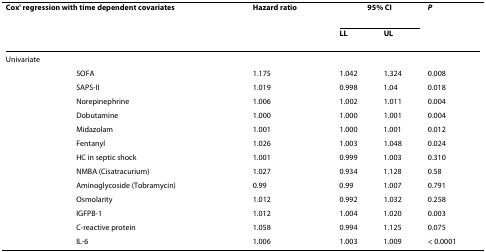
<table><thead><tr><td colspan="2"><b>Cox&#x27; regression with time dependent covariates</b></td><td><b>Hazard ratio</b></td><td colspan="2"><b>95% CI</b></td><td><b><i>P</i></b></td></tr><tr><td></td><td></td><td></td><td><b>LL</b></td><td><b>UL</b></td><td></td></tr></thead><tbody><tr><td>Univariate</td><td></td><td></td><td></td><td></td><td></td></tr><tr><td></td><td>SOFA</td><td>1.175</td><td>1.042</td><td>1.324</td><td>0.008</td></tr><tr><td></td><td>SAPS-II</td><td>1.019</td><td>0.998</td><td>1.04</td><td>0.018</td></tr><tr><td></td><td>Norepinephrine</td><td>1.006</td><td>1.002</td><td>1.011</td><td>0.004</td></tr><tr><td></td><td>Dobutamine</td><td>1.000</td><td>1.000</td><td>1.001</td><td>0.004</td></tr><tr><td></td><td>Midazolam</td><td>1.001</td><td>1.000</td><td>1.001</td><td>0.012</td></tr><tr><td></td><td>Fentanyl</td><td>1.026</td><td>1.003</td><td>1.048</td><td>0.024</td></tr><tr><td></td><td>HC in septic shock</td><td>1.001</td><td>0.999</td><td>1.003</td><td>0.310</td></tr><tr><td></td><td>NMBA (Cisatracurium)</td><td>1.027</td><td>0.934</td><td>1.128</td><td>0.58</td></tr><tr><td></td><td>Aminoglycoside (Tobramycin)</td><td>0.99</td><td>0.99</td><td>1.007</td><td>0.791</td></tr><tr><td></td><td>Osmolarity</td><td>1.012</td><td>0.992</td><td>1.032</td><td>0.258</td></tr><tr><td></td><td>IGFPB-1</td><td>1.012</td><td>1.004</td><td>1.020</td><td>0.003</td></tr><tr><td></td><td>C-reactive protein</td><td>1.058</td><td>0.994</td><td>1.125</td><td>0.075</td></tr><tr><td></td><td>IL-6</td><td>1.006</td><td>1.003</td><td>1.009</td><td>&lt; 0.0001</td></tr></tbody></table>